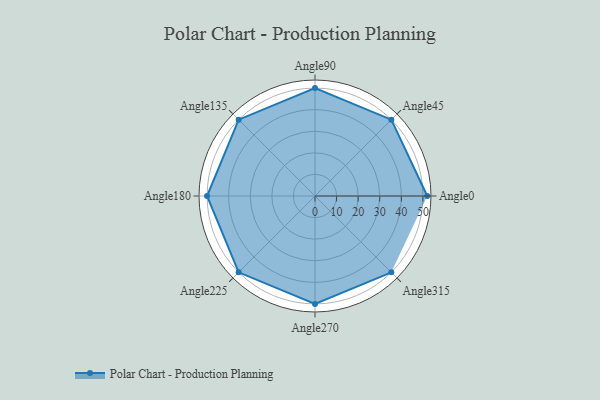
{"axis": {"x": "Angle", "y": "Radius"}, "legend": [""], "data": [{"x": "Angle0", "y": 52.0, "type": ""}, {"x": "Angle45", "y": 50, "type": ""}, {"x": "Angle90", "y": 50, "type": ""}, {"x": "Angle135", "y": 50, "type": ""}, {"x": "Angle180", "y": 50, "type": ""}, {"x": "Angle225", "y": 50, "type": ""}, {"x": "Angle270", "y": 50, "type": ""}, {"x": "Angle315", "y": 50, "type": ""}]}